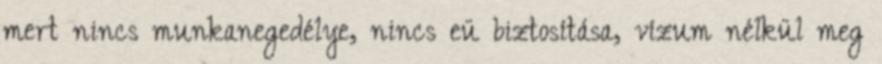
mert nincs munkanegedélye, nincs eü biztosítása, vízum nélkül meg